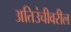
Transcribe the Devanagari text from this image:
अतिउंचीवरील